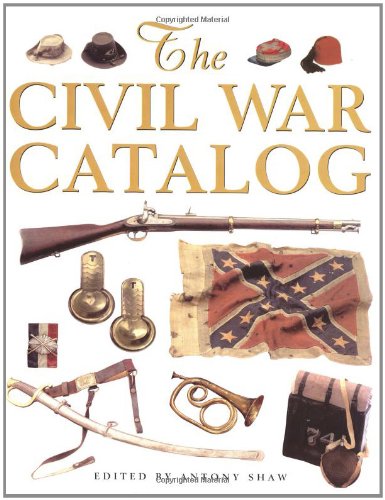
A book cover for The Civil War Catalog; Antony Shaw; History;